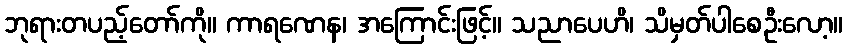
ဘုရားတပည့်တော်ကို။ ကာရဏေန၊ အကြောင်းဖြင့်။ သညာပေဟိ၊ သိမှတ်ပါစေဦးလော့။